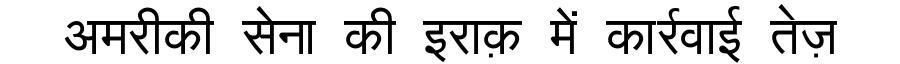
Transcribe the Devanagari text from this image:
अमरीकी सेना की इराक़ में कार्रवाई तेज़